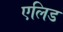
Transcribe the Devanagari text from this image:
एलिड